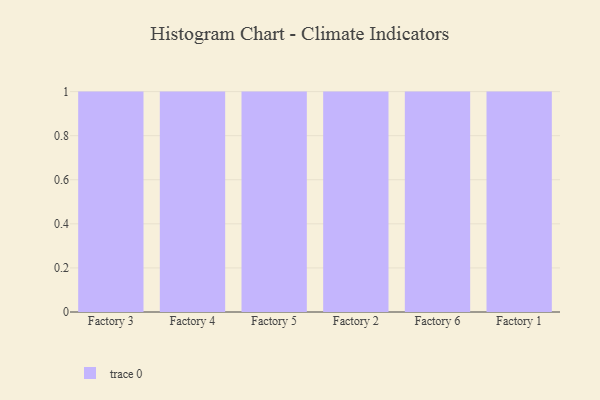
{"axis": {"x": "Factory", "y": "Headcount"}, "legend": [""], "data": [{"x": "Factory 3", "y": 16, "type": ""}, {"x": "Factory 4", "y": 52, "type": ""}, {"x": "Factory 5", "y": 51, "type": ""}, {"x": "Factory 2", "y": 29, "type": ""}, {"x": "Factory 6", "y": 47, "type": ""}, {"x": "Factory 1", "y": 5, "type": ""}]}